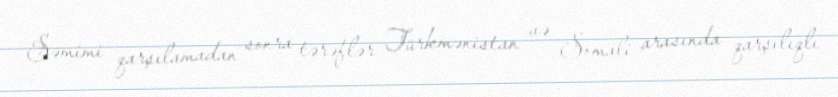
Səmimi qarşılamadan sonra tərəflər Türkmənistan və Somali arasında qarşılıqlı